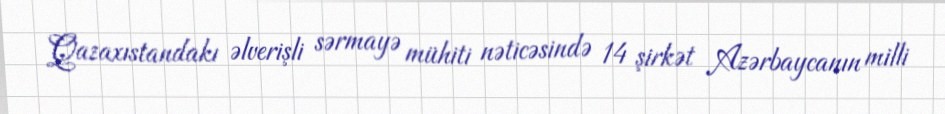
Qazaxıstandakı əlverişli sərmayə mühiti nəticəsində 14 şirkət Azərbaycanın milli